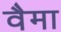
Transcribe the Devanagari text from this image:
वैमा